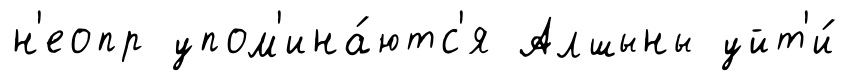
н'еопр упом'ина́ютс'я Алшыны уйт'и́